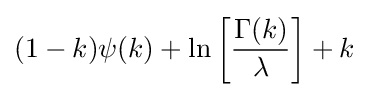
(1-k)\psi (k)+\ln \left[{\frac {\Gamma (k)}{\lambda }}\right]+k